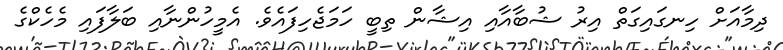
ދިމާއަށް ހިނގައިގަތް އިރު ޝުބާއާއި އިޝާން ތިބީ ހަމަޖެހިފައެވެ. އެމީހުންނާއި ބަލާފައި މެހެކްގެ